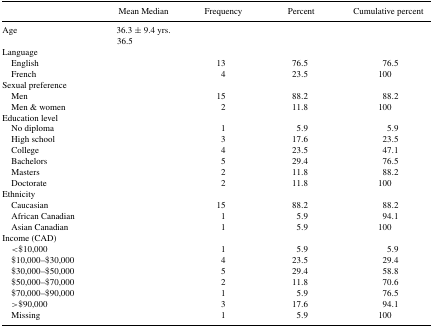
|  | Mean Median | Frequency | Percent | Cumulative percent |
 | --- | --- | --- | --- | --- |
 | Age | 36.3 ± 9.4 yrs. |  |  |  |
 |  | 36.5 |  |  |  |
 | <COLSPAN=5> Language |
 | English |  | 13 | 76.5 | 76.5 |
 | French |  | 4 | 23.5 | 100 |
 | <COLSPAN=5> Sexual preference |
 | Men |  | 15 | 88.2 | 88.2 |
 | Men & women |  | 2 | 11.8 | 100 |
 | <COLSPAN=5> Education level |
 | No diploma |  | 1 | 5.9 | 5.9 |
 | High school |  | 3 | 17.6 | 23.5 |
 | College |  | 4 | 23.5 | 47.1 |
 | Bachelors |  | 5 | 29.4 | 76.5 |
 | Masters |  | 2 | 11.8 | 88.2 |
 | Doctorate |  | 2 | 11.8 | 100 |
 | <COLSPAN=5> Ethnicity |
 | Caucasian |  | 15 | 88.2 | 88.2 |
 | African Canadian |  | 1 | 5.9 | 94.1 |
 | Asian Canadian |  | 1 | 5.9 | 100 |
 | <COLSPAN=5> Income (CAD) |
 | <$10,000 |  | 1 | 5.9 | 5.9 |
 | $10,000–$30,000 |  | 4 | 23.5 | 29.4 |
 | $30,000–$50,000 |  | 5 | 29.4 | 58.8 |
 | $50,000–$70,000 |  | 2 | 11.8 | 70.6 |
 | $70,000–$90,000 |  | 1 | 5.9 | 76.5 |
 | >$90,000 |  | 3 | 17.6 | 94.1 |
 | Missing |  | 1 | 5.9 | 100 |